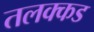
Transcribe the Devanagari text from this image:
तलक्कड